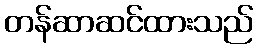
တန်ဆာဆင်ထားသည်